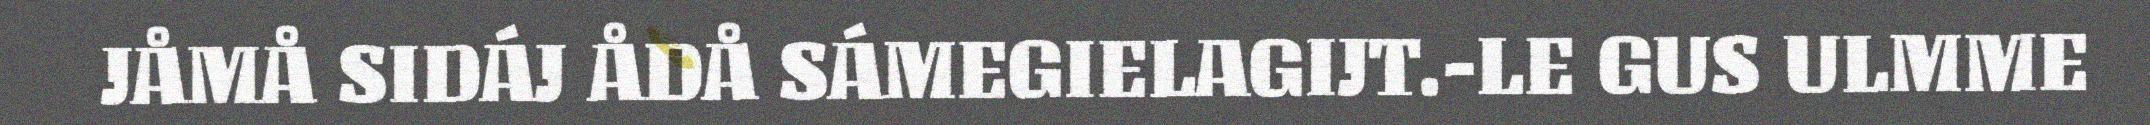
JÅMÅ SIDÁJ ÅDÅ SÁMEGIELAGIJT.-LE GUS ULMME